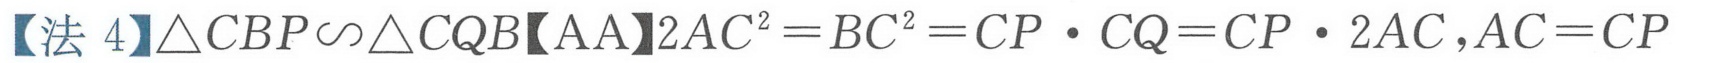
【法 4】\(\triangle CBP\backsim\triangle CQB\)【AA】\(2AC^{2}=BC^{2}=CP\cdot CQ = CP\cdot 2AC,AC = CP\)